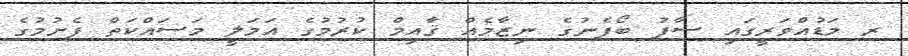
ރ މަޑުއްވަރީގައި ސާފު ބޯފެނުގެ ނިޒާމެއް ޤާއިމް ކުރުމުގެ އަމަލީ މަސައްކަތް ފެށުމުގެ